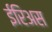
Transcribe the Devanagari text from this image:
ईरिअस